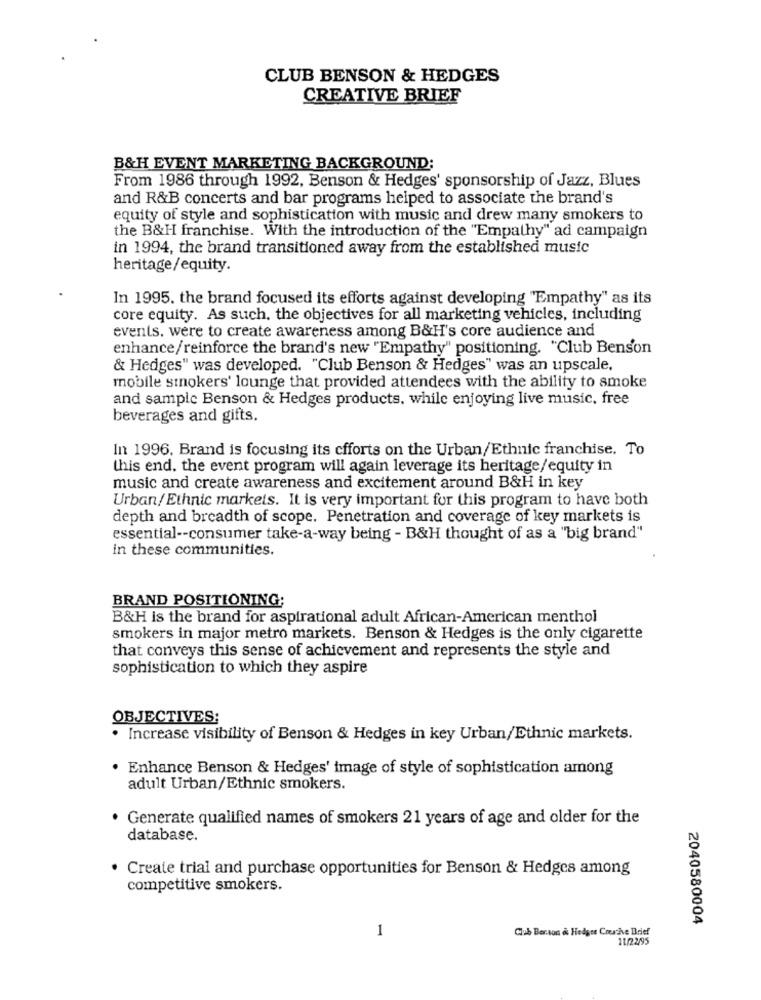
CLUB BENSON & HEDGES
CREATIVE BRIEF
B&H EVENT MARKETING BACKGROUND:
From 1986 through 1992, Benson & Hedges' sponsorship of Jazz, Blues
and R&B concerts and bar programs helped to associate the brand's
equity of style and sophistication with music and drew many smokers to
the B&H franchise. With the introduction of the "Empathy" ad campaign
in 1994, the brand transitioned away from the established music
heritage/equity.
In 1995. the brand focused its efforts against developing "Empathy" as its
core equity. As such, the objectives for all marketing vehicles, including
events. were to create awareness among B&H's core audience and
enhance/reinforce the brand's new "Empathy" positioning. "Club Benson
& Hedges" was developed. "Club Benson & Hedges" was an upscale.
mobile smokers' lounge that provided attendees with the ability to smoke
and sample Benson & Hedges products, while enjoying live music, free
beverages and gifts.
In 1996. Brand is focusing its efforts on the Urban/Ethnic franchise. To
this end. the event program will again leverage its heritage/equity in
music and create awareness and excitement around B&H in key
Urban/Ethnic markets. It is very important for this program to have both
depth and breadth of scope. Penetration and coverage of key markets is
essential -- consumer take-a-way being - B&H thought of as a "big brand"
in these communities.
BRAND POSITIONING;
B&H is the brand for aspirational adult African-American menthol
smokers in major metro markets. Benson & Hedges is the only cigarette
that conveys this sense of achievement and represents the style and
sophistication to which they aspire
OBJECTIVES:
. Increase visibility of Benson & Hedges in key Urban/Ethnic markets.
· Enhance Benson & Hedges' image of style of sophistication among
adult Urban/Ethnic smokers.
Generate qualified names of smokers 21 years of age and older for the
database.
. Create trial and purchase opportunities for Benson & Hedges among
competitive smokers.
2040580004
1
Club Berson a Hedges Creathe Brief
11/22/95